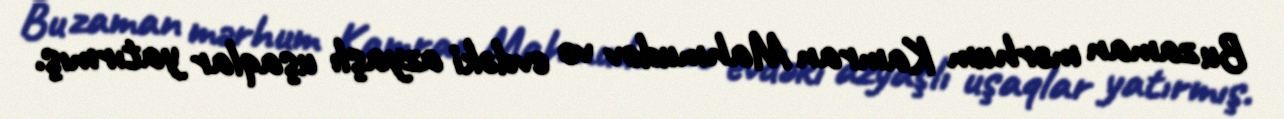
Bu zaman mərhum Kamran Mahmudov və evdəki azyaşlı uşaqlar yatırmış.